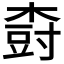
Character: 𱣾